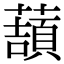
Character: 𧀺